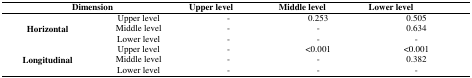
<table><thead><tr><td colspan="2"><b>Dimension</b></td><td><b>Upper level</b></td><td><b>Middle level</b></td><td><b>Lower level</b></td></tr></thead><tbody><tr><td rowspan="3"><b>Horizontal</b></td><td>Upper level</td><td>-</td><td>0.253</td><td>0.505</td></tr><tr><td>Middle level</td><td>-</td><td>-</td><td>0.634</td></tr><tr><td>Lower level</td><td>-</td><td>-</td><td>-</td></tr><tr><td rowspan="3"><b>Longitudinal</b></td><td>Upper level</td><td>-</td><td>&lt;0.001</td><td>&lt;0.001</td></tr><tr><td>Middle level</td><td>-</td><td>-</td><td>0.382</td></tr><tr><td>Lower level</td><td>-</td><td>-</td><td>-</td></tr></tbody></table>